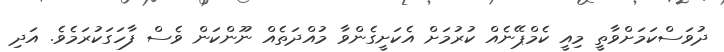
ދުވަސްކަމަށްވާތީ މިއީ ކެމްޕޭނެއް ކުރުމަށް އެކަށީގެންވާ މުއްދަތެއް ނޫންކަން ވެސް ފާހަގަކުރަމެވެ. އަދި